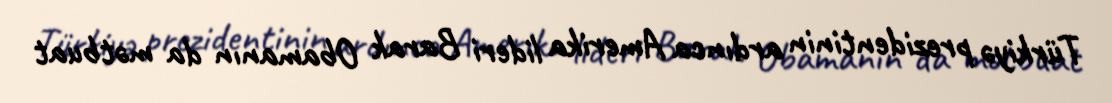
Türkiyə prezidentinin ardınca Amerika lideri Barak Obamanın da mətbuat